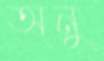
অনু